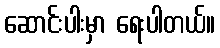
ဆောင်းပါးမှာ ရေးပါတယ်။